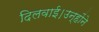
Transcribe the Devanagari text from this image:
दिलवाई।उन्होंने